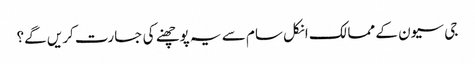
جی سیون کے ممالک انکل سام سے یہ پوچھنے کی جسارت کریں گے؟